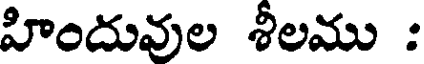
హిందువుల శీలము :